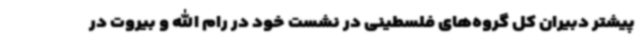
پیشتر دبیران کل گروه‌های فلسطینی در نشست خود در رام الله و بیروت در